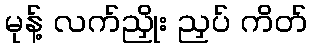
မုန့် လက်ညှိုး ညှပ် ကိတ်